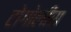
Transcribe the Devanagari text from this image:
टोगोलीस